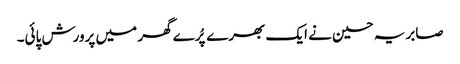
صابریہ حسین نے ایک بھرے پُرے گھر میں پرورش پائی۔